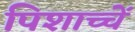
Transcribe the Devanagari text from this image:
पिशाच्चें